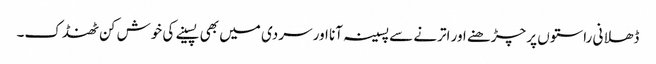
ڈھلانی راستوں پر چڑھنے اور اترنے سے پسینہ آنا اور سردی میں بھی پسینے کی خوش کن ٹھنڈک۔